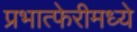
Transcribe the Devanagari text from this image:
प्रभात्फेरीमध्ये